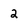
Character: 2